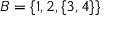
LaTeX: B = \{ 1 , 2 , \{ 3 , 4 \} \}